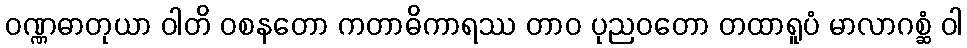
ဝဏ္ဏဓာတုယာ ဝါတိ ဝစနတော ကတာဓိကာရဿ တာဝ ပုညဝတော တထာရူပံ မာလာဂစ္ဆံ ဝါ